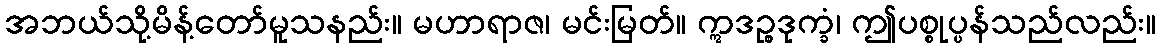
အဘယ်သို့မိန့်တော်မူသနည်း။ မဟာရာဇ၊ မင်းမြတ်။ ဣဒဉ္စဒုက္ခံ၊ ဤပစ္စုပ္ပန်သည်လည်း။